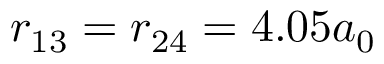
r _ { 1 3 } = r _ { 2 4 } = 4 . 0 5 a _ { 0 }